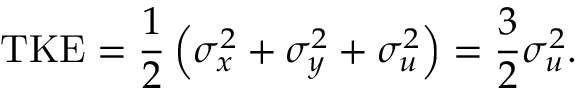
\mathrm { T K E } = \frac { 1 } { 2 } \left( \sigma _ { x } ^ { 2 } + \sigma _ { y } ^ { 2 } + \sigma _ { u } ^ { 2 } \right) = \frac { 3 } { 2 } \sigma _ { u } ^ { 2 } .